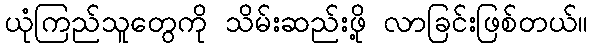
ယုံကြည်သူတွေကို သိမ်းဆည်းဖို့ လာခြင်းဖြစ်တယ်။